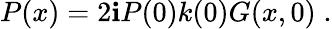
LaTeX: P(x)=2\mathbf{i}P(0)k(0)G(x,0)\; .